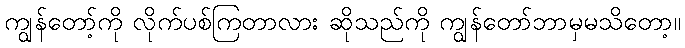
ကျွန်တော့်ကို လိုက်ပစ်ကြတာလား ဆိုသည်ကို ကျွန်တော်ဘာမှမသိတော့။